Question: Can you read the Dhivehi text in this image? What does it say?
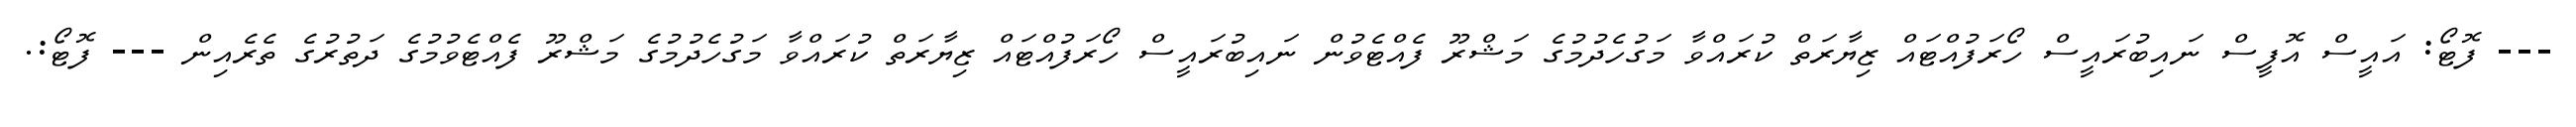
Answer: --- ފޮޓޯ: އައީސް އޮފީސް ނައިބުރައީސް ހޯރަފުއްޓައް ޒިޔާރަތް ކުރައްވާ މަގުހެދުމުގެ މަޝްރޫ ފެއްޓެވުން ނައިބުރައީސް ހޯރަފުއްޓައް ޒިޔާރަތް ކުރައްވާ މަގުހެދުމުގެ މަޝްރޫ ފެއްޓެވުމުގެ ދަތުރުގެ ތެރެއިން --- ފޮޓޯ:.